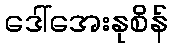
ဒေါ်အေးနုစိန်